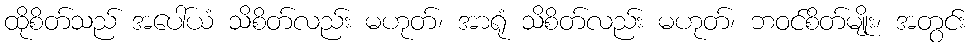
ထိုစိတ်သည် အပေါ်ယံ သိစိတ်လည်း မဟုတ်၊ အာရုံ သိစိတ်လည်း မဟုတ်၊ ဘဝင်စိတ်မျိုး၊ အတွင်း